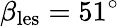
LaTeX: \beta_{\mathrm{les}}=51^{\circ}